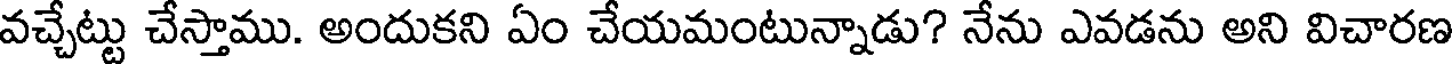
వచ్చేట్టు చేస్తాము. అందుకని ఏం చేయమంటున్నాడు? నేను ఎవడను అని విచారణ